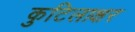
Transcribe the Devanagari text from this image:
कुटिलाक्षर